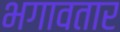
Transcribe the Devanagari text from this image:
भगावतार